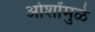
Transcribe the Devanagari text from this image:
ओशोंमुळे